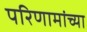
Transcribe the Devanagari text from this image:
परिणामांच्या